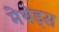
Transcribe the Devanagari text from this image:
मेथेड्स